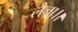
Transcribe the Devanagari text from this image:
लैना।।